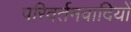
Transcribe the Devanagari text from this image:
परिवर्तनवादियों